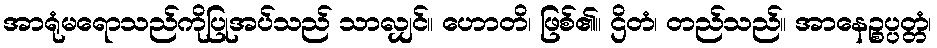
အာရုံမရောသည်ကိုပြုအပ်သည် သာလျှင်။ ဟောတိ၊ ဖြစ်၏။ ဌိတံ၊ တည်သည်။ အာနေဉ္စပ္ပတ္တံ၊